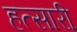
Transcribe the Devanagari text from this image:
हत्सारी